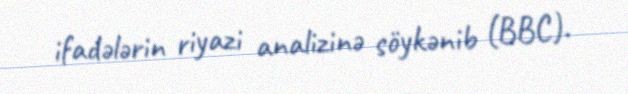
ifadələrin riyazi analizinə söykənib (BBC).